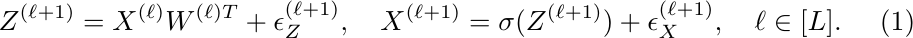
\begin{equation}
    \label{eq:gen_process_intermediate_noise}
    Z^{(\ell+1)}= X^{(\ell)} W^{(\ell)T}+ \epsilon^{(\ell+1)}_Z, \quad X^{(\ell+1)}=\sigma(Z^{(\ell+1)})+ \epsilon^{(\ell+1)}_X, \quad \ell\in[L].
\end{equation}